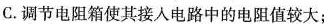
C.调节电阻箱使其接人电路中的电阻值较大；